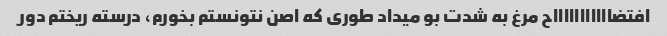
افتضاااااااااااح مرغ به شدت بو میداد طوری که اصن نتونستم بخورم، درسته ریختم دور